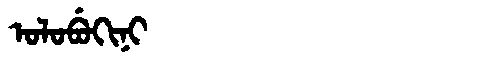
Manchu: ᠣᠯᠣᠪᡠᡴᡳᠨᡳ
Romanization: OLOBUKINI